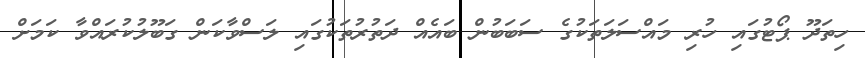
ހިތަދޫ ޕޯޓުގައި ހުރި މައްސަލަތަކުގެ ސަބަބުން ބައެއް ދަތުރުތަކުގައި ލަސްވާކަން ގަބޫލުކުރައްވާ ކަމަށް